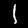
Digit: 1